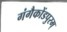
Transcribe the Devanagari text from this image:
गंगैकोंडपुरम्